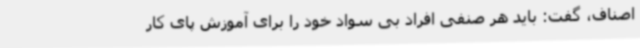
اصناف، گفت: باید هر صنفی افراد بی سواد خود را برای آموزش پای کار